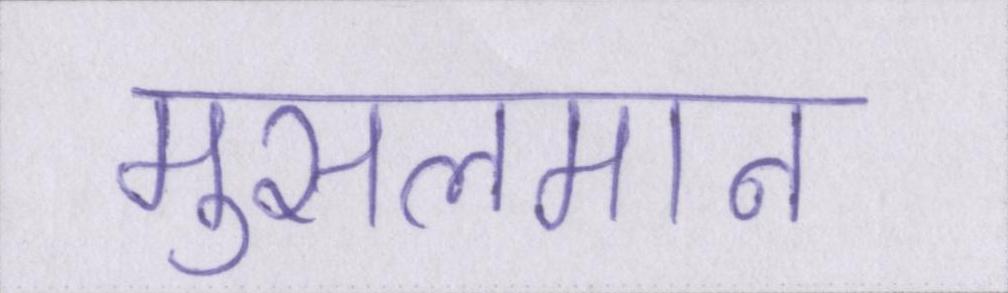
मुसलमान